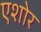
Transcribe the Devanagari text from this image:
एशोर